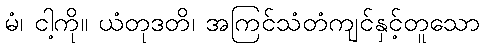
မံ၊ ငါ့ကို။ ယံတုဒတိ၊ အကြင်သံတံကျင်နှင့်တူသော